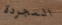
المجردة